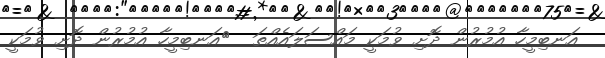
އަނބިމީހާ އުމުރުން ދޮށި ވުމަކީ މައްސަލައެއްތަ  	އަނބިމީހާ އުމުރުން ދޮށި ވުމަކީ